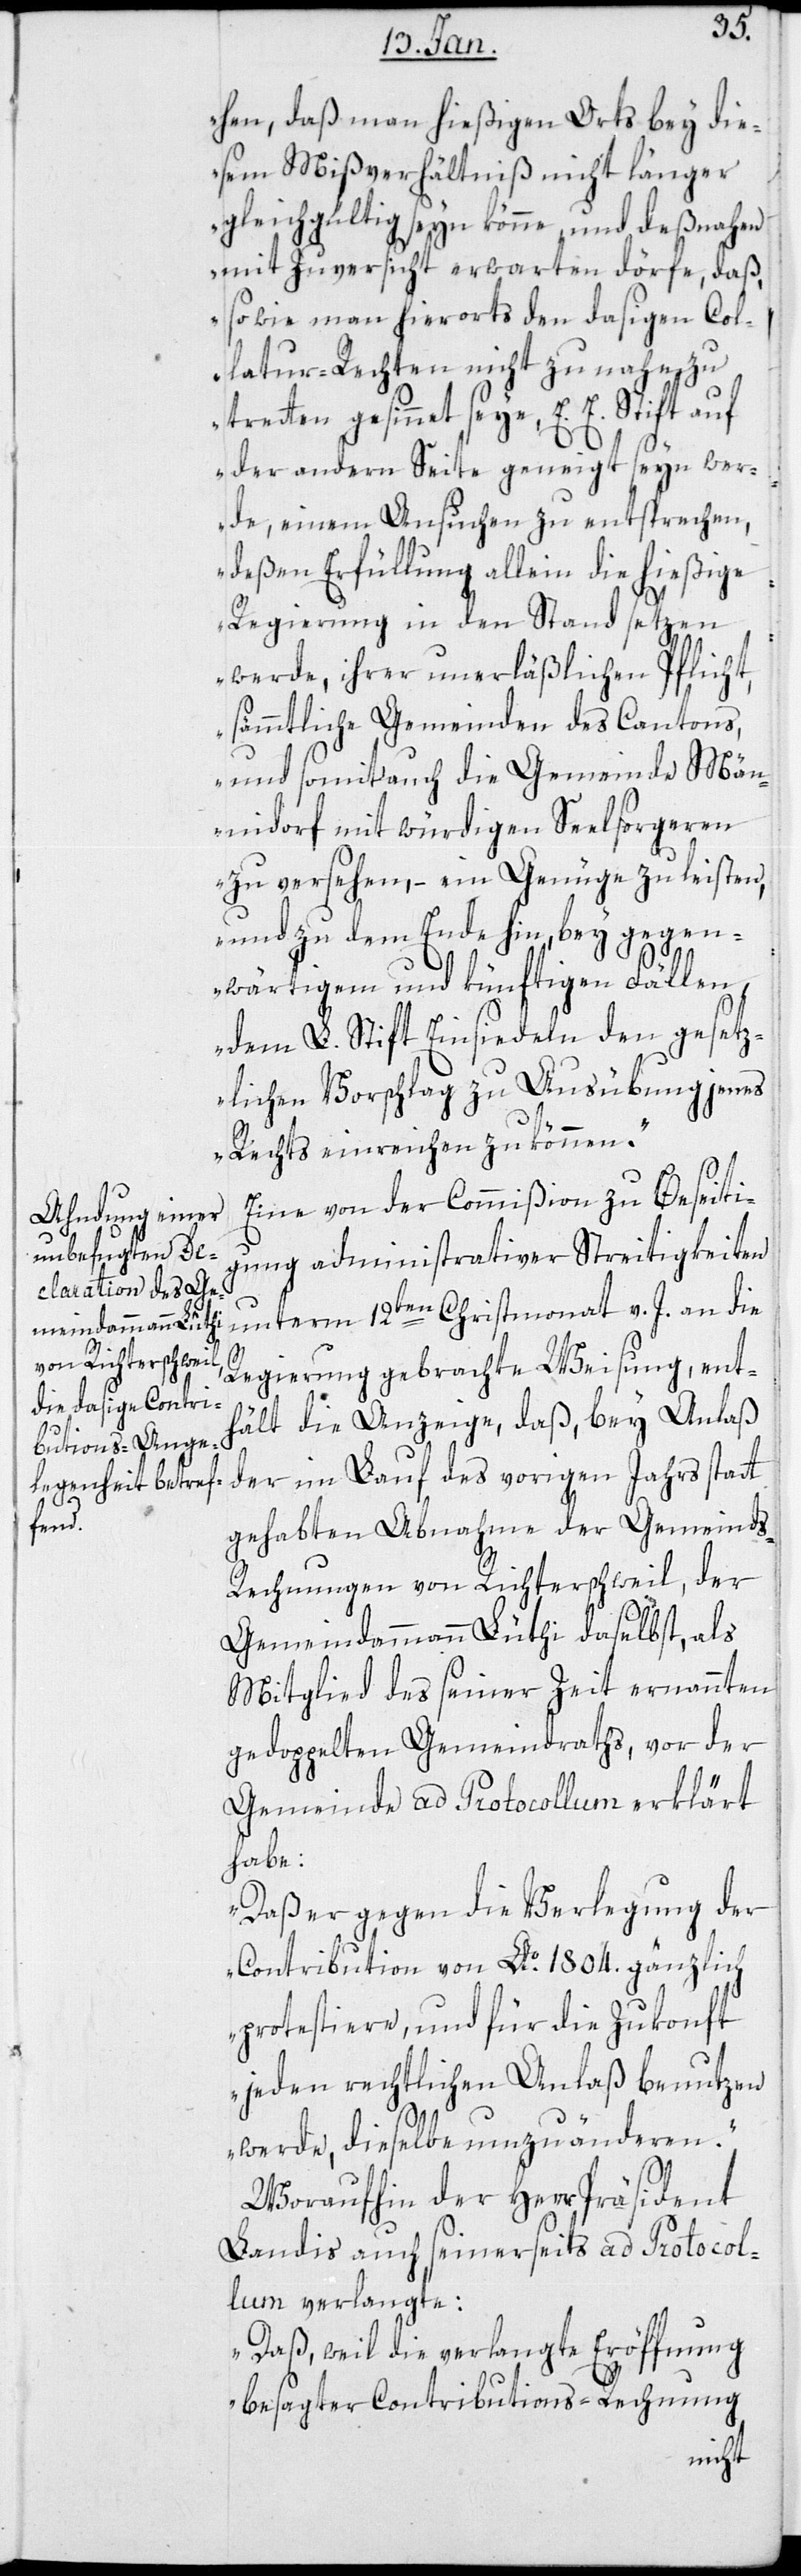
hen, daß man hießigen Orts bey die¬
sem Mißverhältnis nicht länger
gleichgültig seyn könne, und deßnahen
mit Zuversicht erwarten dörfe, daß
so wie man hierorts den dasigen Col¬
latur-Rechten nicht zu nahe zu
gesinnet seye, E. E. Stift auf
der andern Seite geneigt seyn wer¬
de, einem Ansuchen zu entsprechen,
deßen Erfüllung allein die hießige
Regierung in den Stand setzen
werde, ihrer unerläßlichen Pflicht,
sämmtliche Gemeinden des Cantons,
und somit auch die Gemeinde Män¬
nidorf mit würdigen Seelsorgeren
zu versehen, – ein Genügen zu leisten,
und zu dem Ende hin, bey gegen¬
wärtigem und künftigen Fällen,
dem L. Stift Einsiedeln den gesetz¬
lichen Vorschlag zu Ausübung jenes
Rechts einreichen zu können“.
Eine von der Commißion zu Beseiti¬
gung administrativer Streitigkeiten
unterm 12ten Christmonat v. J. an die
Regierung gebrachte Weisung, ent¬
hält die Anzeige, daß, bey Anlass
der im Lauf des vorigen Jahrs statt
gehabten Abnahme der Gemeind¬
s-Rechnungen von Richterschweil, der
Gemeindammann Lüthi daselbst, als
Mitglied des seiner Zeit ernannten
gedoppelten Gemeindraths, vor der
Gemeinde ad Protocollum erklärt
habe:
„Daß er gegen die Verlegung der
Contribution von Ao. 1804 gänzlich
protestiere, und für die Zukonft
jeden rechtlichen Anlaß benutzen
werde, dieselbe umzuänderen“.
Woraufhin der Herr Präsident
Landis auch seinerseits ad Protocol¬
lum verlangte:
„Daß, weil die verlangte Eröffnung
besagter Contributions-Rechnung